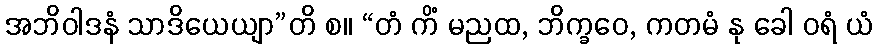
အဘိဝါဒနံ သာဒိယေယျာ”တိ စ။ “တံ ကိံ မညထ, ဘိက္ခဝေ, ကတမံ နု ခေါ ဝရံ ယံ